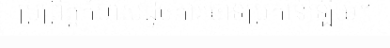
ប្រព្រឹត្តកំហុសដូចការចោទប្រកាន់ឡើយ។